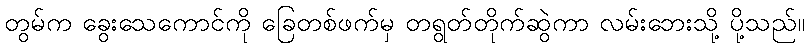
တွမ်က ခွေးသေကောင်ကို ခြေတစ်ဖက်မှ တရွတ်တိုက်ဆွဲကာ လမ်းဘေးသို့ ပို့သည်။